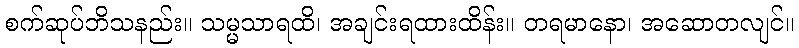
စက်ဆုပ်ဘိသနည်း။ သမ္မသာရထိ၊ အချင်းရထားထိန်း။ တရမာနော၊ အဆောတလျင်။